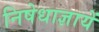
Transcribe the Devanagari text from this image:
निषेधाज्ञायें